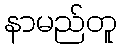
နာမည်တူ